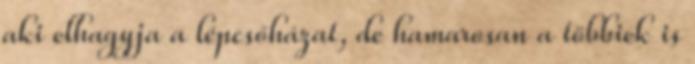
aki elhagyja a lépcsőházat, de hamarosan a többiek is